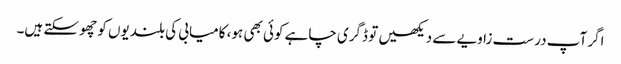
اگر آپ درست زاویے سے دیکھیں تو ڈگری چاہے کوئی بھی ہو، کامیابی کی بلندیوں کو چھو سکتے ہیں۔